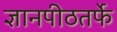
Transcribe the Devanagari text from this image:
ज्ञानपीठतर्फे